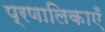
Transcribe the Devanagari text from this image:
प्रणालिकाएँ